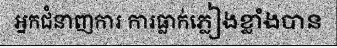
អ្នកជំនាញការ ការធ្លាក់ភ្លៀងខ្លាំងបាន